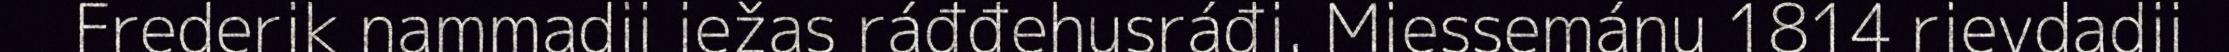
Frederik nammadii iežas ráđđehusráđi. Miessemánu 1814 rievdadii